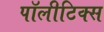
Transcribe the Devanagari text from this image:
पॉलीटिक्स